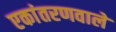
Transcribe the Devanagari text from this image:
एकांतरणवाले